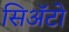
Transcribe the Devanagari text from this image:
सिअॅटो